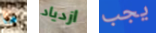
ما ازدياد يجب